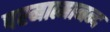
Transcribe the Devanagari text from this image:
परमात्मानन्द